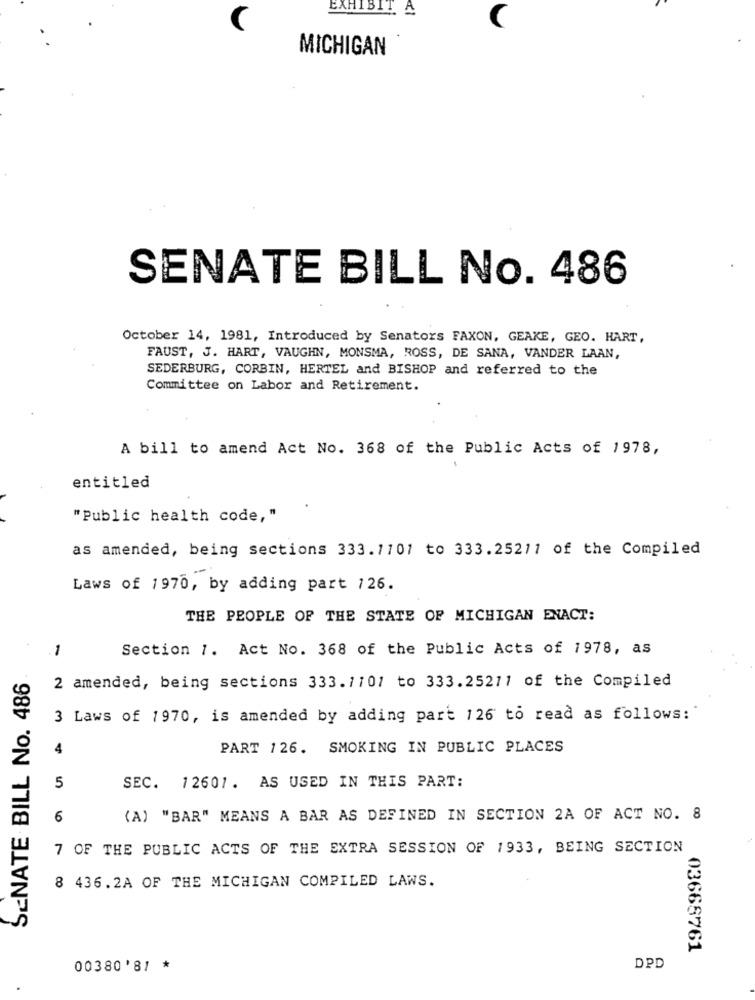
EXHIBIT A
C
MICHIGAN
SENATE BILL No. 486
October 14, 1981, Introduced by Senators FAXON, GEAKE, GEO. HART,
FAUST, J. HART, VAUGHN, MONSMA, ROSS, DE SANA, VANDER LAAN,
SEDERBURG, CORBIN, HERTEL and BISHOP and referred to the
Committee on Labor and Retirement.
A bill to amend Act No. 368 of the Public Acts of 1978,
entitled
"Public health code, "
as amended, being sections 333.1101 to 333.25211 of the Compiled
Laws of 1970, by adding part 126.
THE PEOPLE OF THE STATE OF MICHIGAN ENACT:
Section 1. Act No. 368 of the Public Acts of 1978, as
-
SENATE BILL No. 486
2 amended, being sections 333.1101 to 333.25211 of the Compiled
3 Laws of 1970, is amended by adding part 126 to read as follows:
4
PART 126. SMOKING IN PUBLIC PLACES
5
SEC. 12601. AS USED IN THIS PART:
6
(A) "BAR" MEANS A BAR AS DEFINED IN SECTION 2A OF ACT NO. 8
7 OF THE PUBLIC ACTS OF THE EXTRA SESSION OF 1933, BEING SECTION
8 436.2A OF THE MICHIGAN COMPILED LAWS.
03665761
00380'81 *
DPD